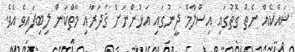
ޝައްކެއް ނެތް ގޮތުގައި އިސްލާމް ދީނުގައި އަޅުންނަށް ޤަދަރާއި މާތްކަން ލިބިފައިވެ އެވެ.